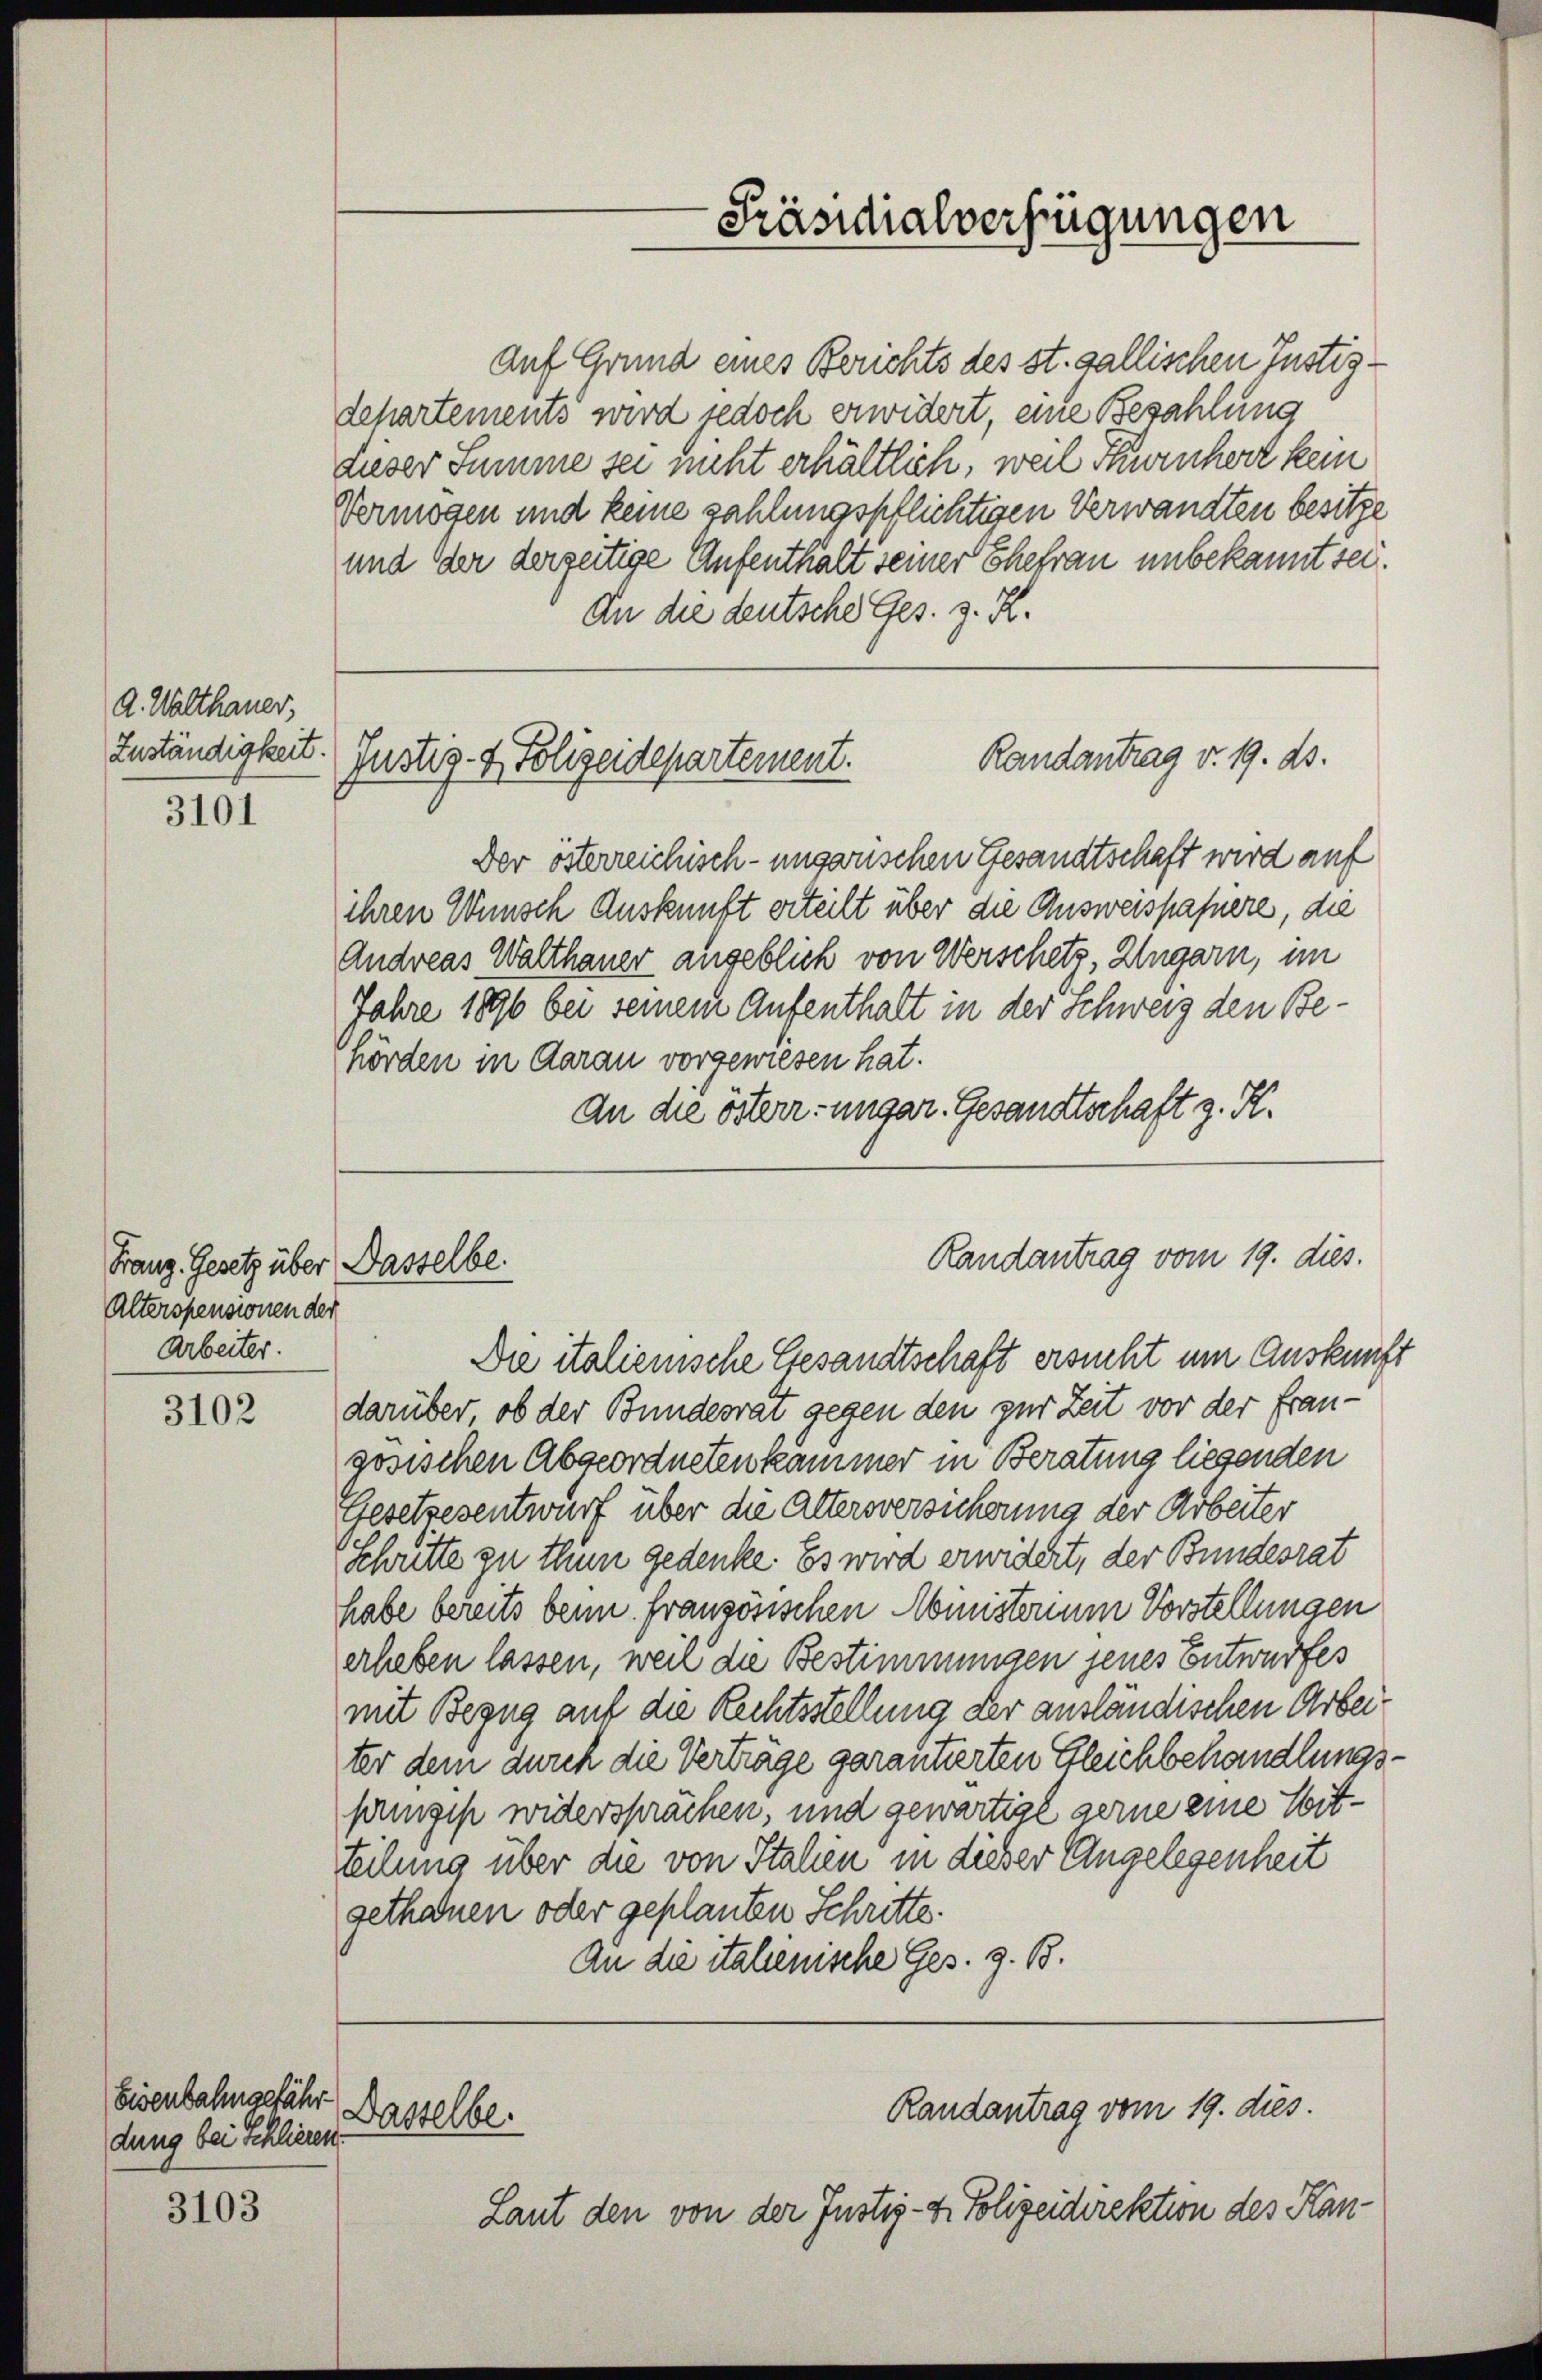
A. Walthauer,
Zuständigkeit

3101

Franz. Gesetz über Dasselbe.
Alterspensionen der
Arbeiter.

3102

Eisenbahngefähr
dung bei Schlieren

3103

Auf Grund eines Berichts des st. gallischen Justizdehartements wird jedoch erwidert, eine Bezahlung
dieser Summe sei nicht erhältlich, weil Thurnherz kein
Vermögen und keine zahlungspflichtigen Verwandten besitze
und der derseitige Aufenthalt seiner Ehefrau unbekannt sei.
An die deutsche Ges. z. R.

Der österreichisch-ungarischen Gesandtschaft wird auf
ihren Wunsch Auskunft erteilt über die Ausweispapiere, die
Andreas Walthauer angeblich von Verschetz, Ungarn, im
Jahre 1896 bei seinem Aufenthalt in der Schweiz den Be-
hörden in Aarau vorgewiesen hat.
An die österr. ungar. Gesandtschaft z. K.
Die italienische Gesandtschaft ersucht um Auskunft
darüber ob der Bundesrat gegen den zur Zeit vor der fran-
gosischen Abgeordnetenkammer in Beratung liegenden
Gesetzesentwurf über die Altersversicherung der Arbeiter
Schritte zu thun gedenke. Es wird erwidert, der Bundesrat
habe bereits beim französischen Amisterium Vorstellungen
erheben lassen, weil die Bestimmungen jenes Entwurfes
mit Bezug auf die Rechtsstellung der ausländischen Arbeiter dem durch die Vertrage garantierten Gleichbehandlungspinzip widersprachen, und gewärtige gerne eine Vortteilung über die von Stahen in dieser Angelegenheit
gethanen oder geplanten Schritte.
An die italienische Ges. z. B.

Randantrag v. 19. ds.
Justiz- & Polizeidepartement.

Dasselbe.

Präsidialverfügungen

Randantrag vom 19. dies.

Laut den von der Justiz- & Polizeidirektion des Kan¬

Randantrag vom 19. dies.